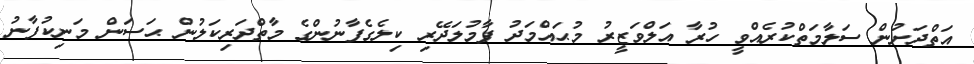
އަތްދަށުން ސަލާމަތްކުރެއްވީ ހުރާ އަލްވަޒީރު މުޙައްމަދު ފާމުލަދޭރި ކިލެގެފާނުންގެ މާތްދަރިކަލުން ޙަސަން މަނިކުފާނު